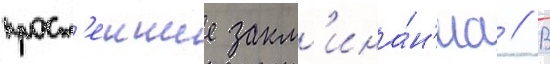
прост'еишие закл'ина́н'иа // В